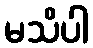
မသိပါ